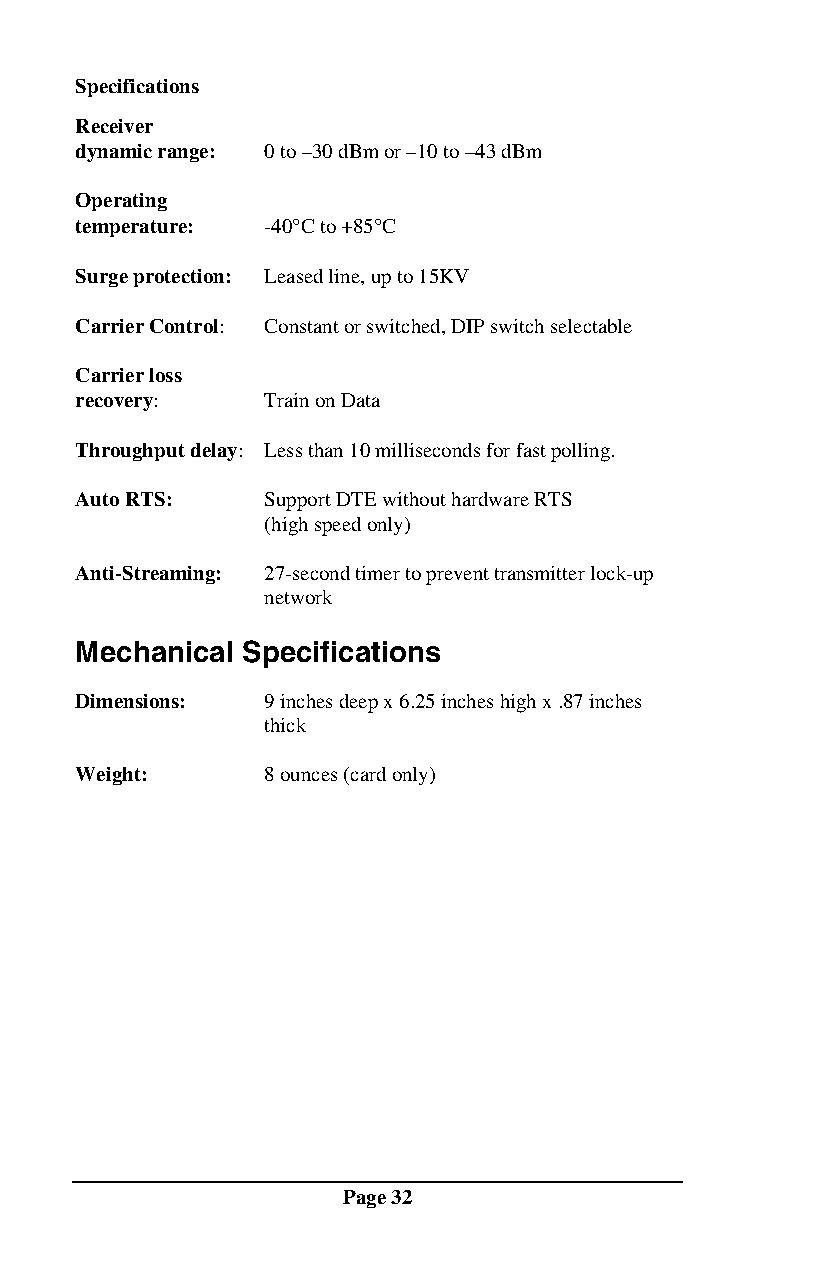
Specifications
 Receiver
 dynamic range: 0 to –30 dBm or –10 to –43 dBm
 Operating
 temperature: -40°C to +85°C
 Surge protection: Leased line, up to 15KV
 Carrier Control: Constant or switched, DIP switch selectable
 Carrier loss
 recovery:   Train on Data
 Throughput delay: Less than 10 milliseconds for fast polling.
 Auto RTS:   Support DTE without hardware RTS
 (high speed only)
 Anti-Streaming: 27-second timer to prevent transmitter lock-up
 network
 Mechanical Specifications
 Dimensions: 9 inches deep x 6.25 inches high x .87 inches
 thick
 Weight:     8 ounces (card only)
 Page 32